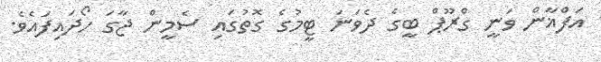
އަފްޣާން ވަނީ ގްރޫޕް ބީގެ ދެވަނަ ޓީމުގެ ގޮތުގައި ސެމީން ޖާގަ ހޯދައިފައެވެ.